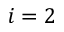
i = 2